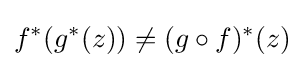
f^{*}(g^{*}(z))\neq (g\circ f)^{*}(z)